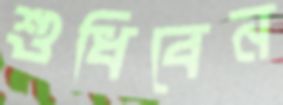
শুধিবেন